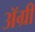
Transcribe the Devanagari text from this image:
ॲग्री